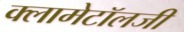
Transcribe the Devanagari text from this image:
क्लामेटॉलजी